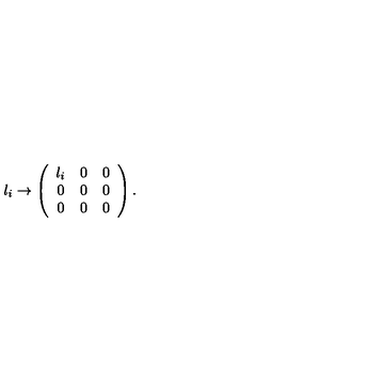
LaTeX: \l _ { i } \to \left( \begin{array} { c c c } { \l _ { i } } & { 0 } & { 0 } \\ { 0 } & { 0 } & { 0 } \\ { 0 } & { 0 } & { 0 } \\ \end{array} \right) .